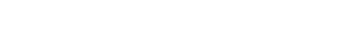
များပြားထူထပ်လာမယ်လို့လည်း သူက ပြောပါတယ်။